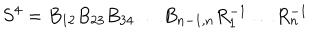
S ^ { 4 } = B _ { 1 2 } B _ { 2 3 } B _ { 3 4 } \dots B _ { n - 1 , n } R _ { 1 } ^ { - 1 } \dots R _ { n } ^ { - 1 }